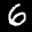
Label: 6